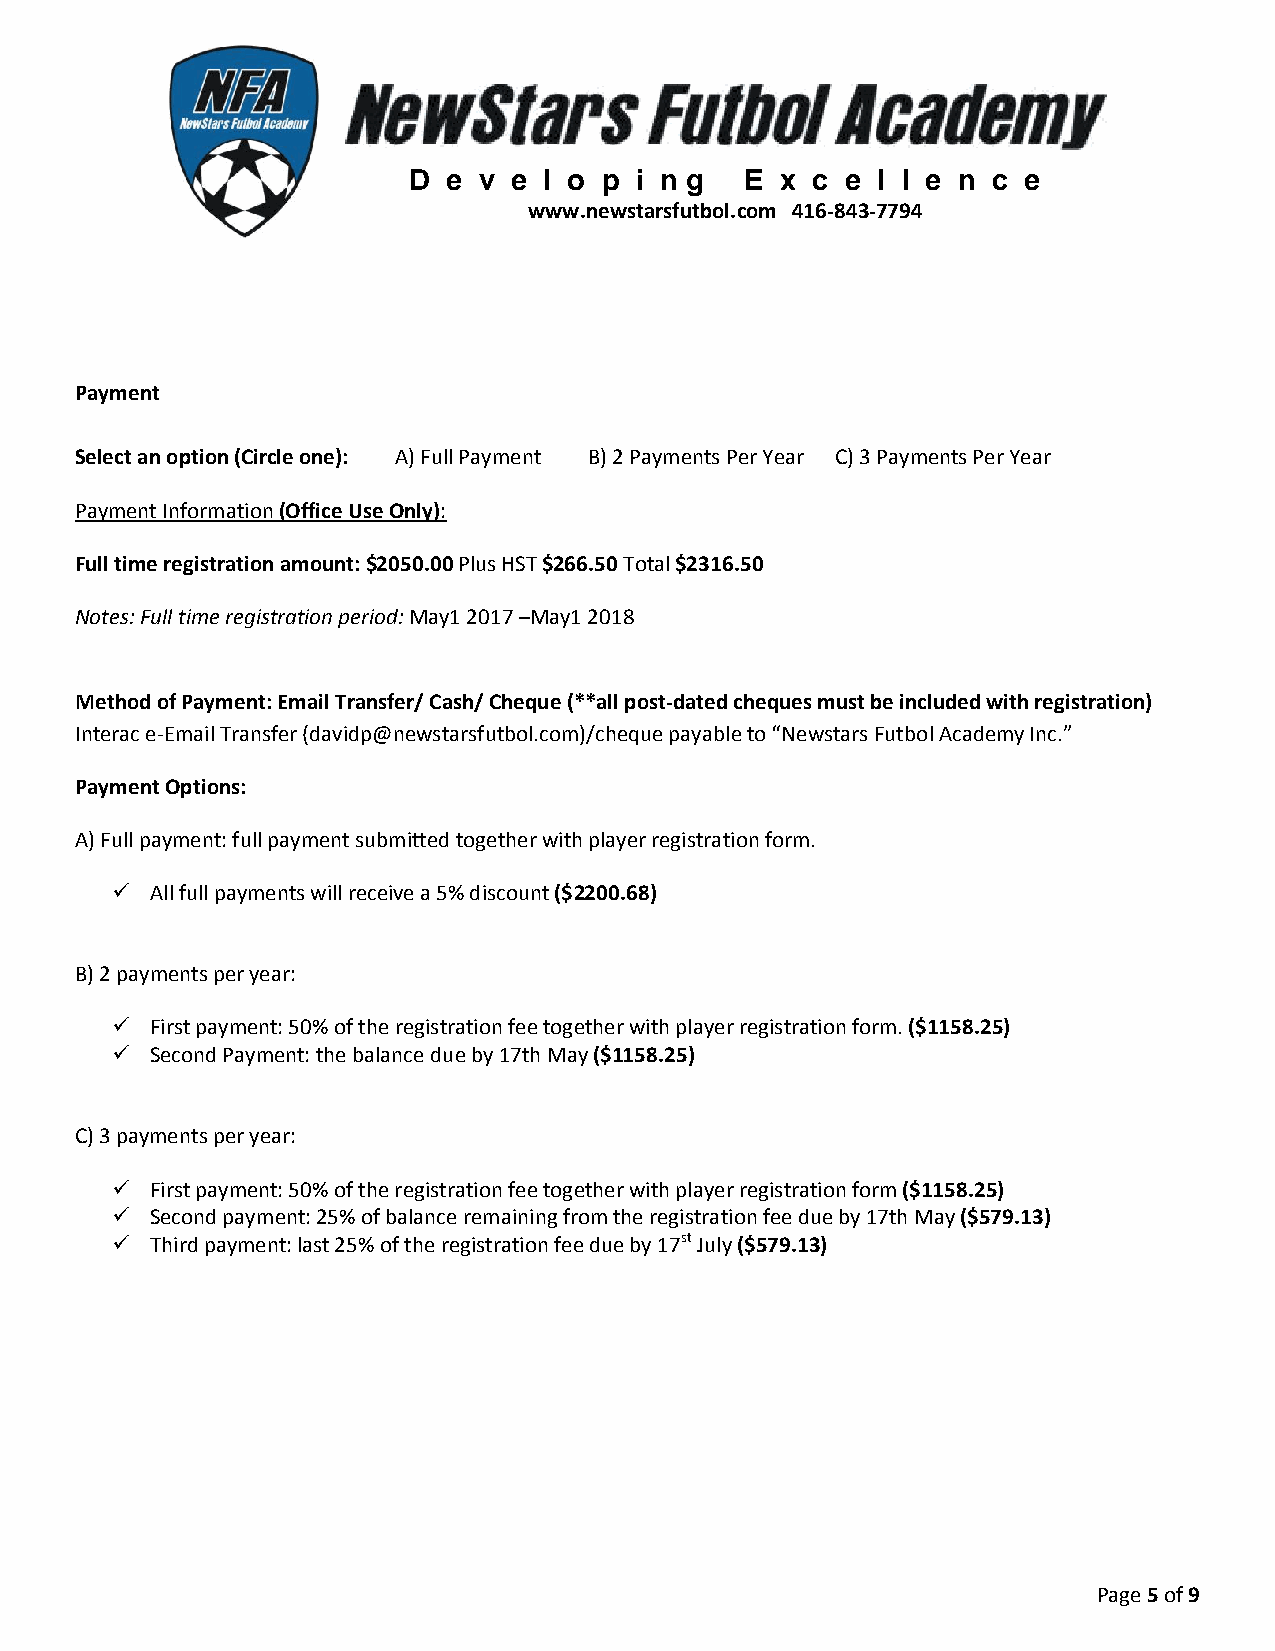
D  e v e l o p i n g  E  x c e l l e n c e
 www.newstarsfutbol.com 416-843-7794
 Payment
 Select an option (Circle one): A) Full Payment B) 2 Payments Per Year C) 3 Payments Per Year
 Payment Information (Office Use Only):
 Full time registration amount: $2050.00 Plus HST $266.50 Total $2316.50
 Notes: Full time registration period: May1 2017 –May1 2018
 Method of Payment: Email Transfer/ Cash/ Cheque (**all post-dated cheques must be included with registration)
 Interac e-Email Transfer (davidp@newstarsfutbol.com)/cheque payable to “Newstars Futbol Academy Inc.”
 Payment Options:
 A) Full payment: full payment submitted together with player registration form.
   All full payments will receive a 5% discount ($2200.68)
 B) 2 payments per year:
   First payment: 50% of the registration fee together with player registration form. ($1158.25)
   Second Payment: the balance due by 17th May ($1158.25)
 C) 3 payments per year:
   First payment: 50% of the registration fee together with player registration form ($1158.25)
   Second payment: 25% of balance remaining from the registration fee due by 17th May ($579.13)
   Third payment: last 25% of the registration fee due by 17st July ($579.13)
 Page 5 of 9